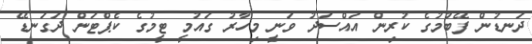
ދަނޑުން ފޭބުމުގެ ކުރިން އައްސަދު ވަނީ މިހާރު ގައުމީ ޓީމުގެ ކެޕްޓަން ދަގަނޑޭ